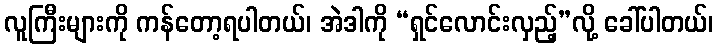
လူကြီးများကို ကန်တော့ရပါတယ်၊ အဲဒါကို “ရှင်လောင်းလှည့်”လို့ ခေါ်ပါတယ်၊